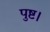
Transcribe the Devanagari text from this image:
पुष्ट।